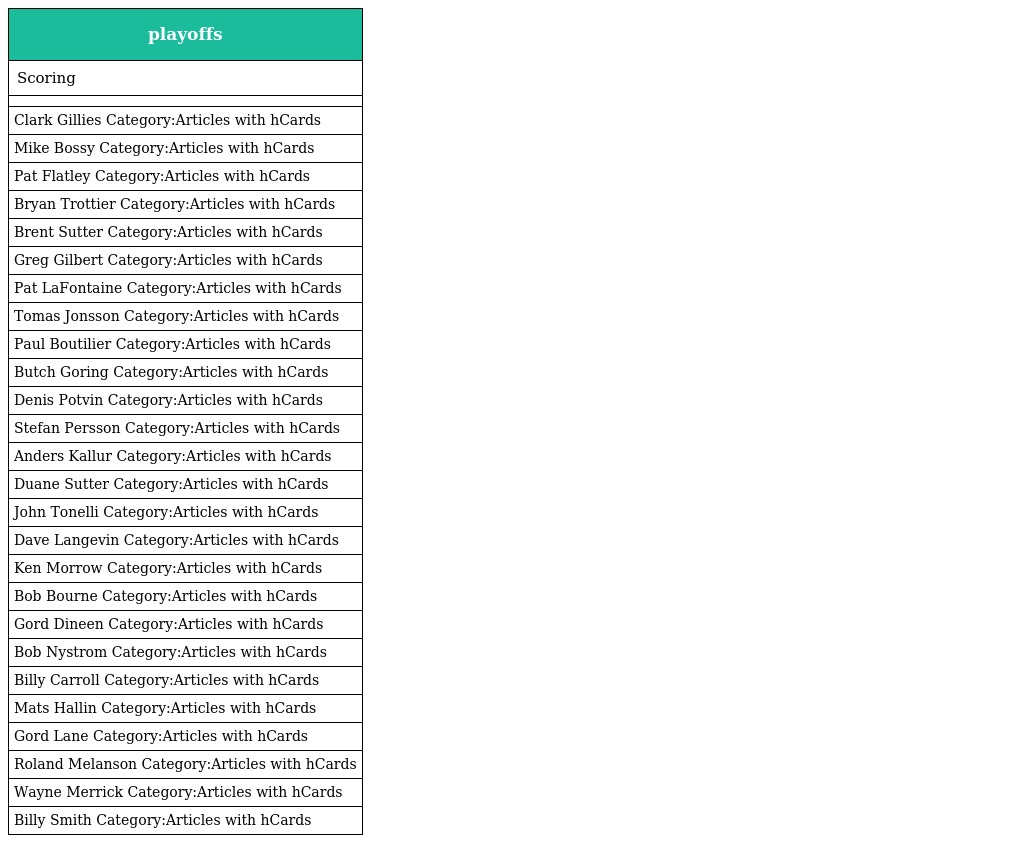
| playoffs |
 | --- |
 | Scoring |
 |  |
 | Clark Gillies Category:Articles with hCards |
 | Mike Bossy Category:Articles with hCards |
 | Pat Flatley Category:Articles with hCards |
 | Bryan Trottier Category:Articles with hCards |
 | Brent Sutter Category:Articles with hCards |
 | Greg Gilbert Category:Articles with hCards |
 | Pat LaFontaine Category:Articles with hCards |
 | Tomas Jonsson Category:Articles with hCards |
 | Paul Boutilier Category:Articles with hCards |
 | Butch Goring Category:Articles with hCards |
 | Denis Potvin Category:Articles with hCards |
 | Stefan Persson Category:Articles with hCards |
 | Anders Kallur Category:Articles with hCards |
 | Duane Sutter Category:Articles with hCards |
 | John Tonelli Category:Articles with hCards |
 | Dave Langevin Category:Articles with hCards |
 | Ken Morrow Category:Articles with hCards |
 | Bob Bourne Category:Articles with hCards |
 | Gord Dineen Category:Articles with hCards |
 | Bob Nystrom Category:Articles with hCards |
 | Billy Carroll Category:Articles with hCards |
 | Mats Hallin Category:Articles with hCards |
 | Gord Lane Category:Articles with hCards |
 | Roland Melanson Category:Articles with hCards |
 | Wayne Merrick Category:Articles with hCards |
 | Billy Smith Category:Articles with hCards |